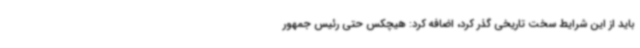
باید از این شرایط سخت تاریخی گذر کرد، اضافه کرد: هیچکس حتی رئیس جمهور